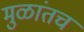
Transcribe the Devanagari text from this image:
मुळांतच